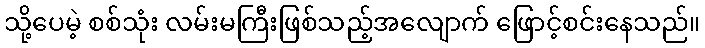
သို့ပေမဲ့ စစ်သုံး လမ်းမကြီးဖြစ်သည့်အလျောက် ဖြောင့်စင်းနေသည်။